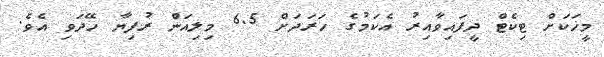
މީހަކަށް ޓިކެޓް ދީފައިވާއިރު އެކަމުގެ ހަރަދަށް 6.5 މިލިއަން ރުފިޔާ ހޭދަވި އެވެ.